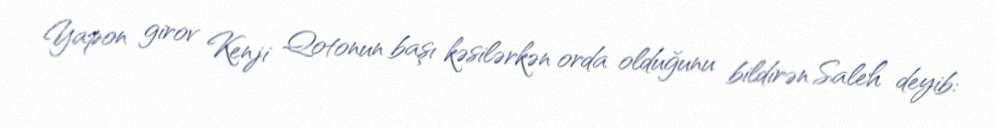
Yapon girov Kenji Qotonun başı kəsilərkən orda olduğunu bildirən Saleh deyib: